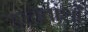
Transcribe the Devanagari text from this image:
उच्चतांशों